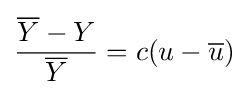
{\frac {{\overline {Y}}-Y}{\overline {Y}}}=c(u-{\overline {u}})